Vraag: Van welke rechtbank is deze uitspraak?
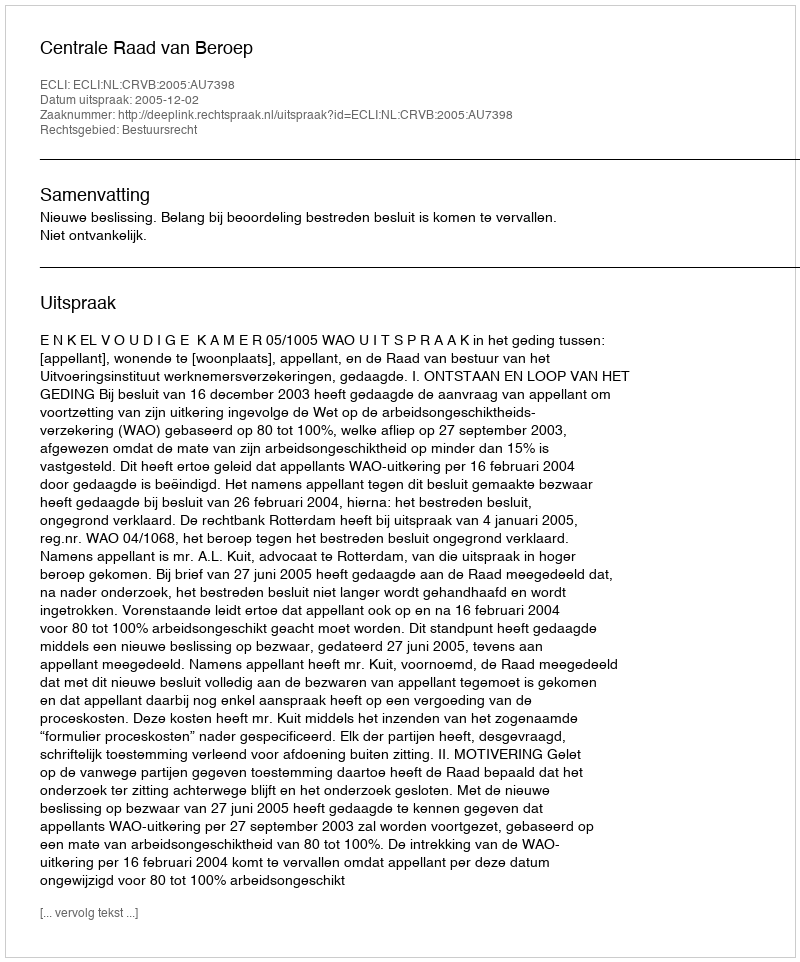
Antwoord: Centrale Raad van Beroep